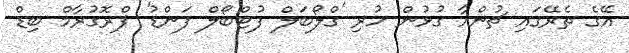
އޭގެ ތެރޭގައި ޗުންއާ ގުޅުން ހުރި 'ގްލޯބަލް ފުޓްބޯލް ފަންޑު' ޕްރޮގުރާމް ބިޑް